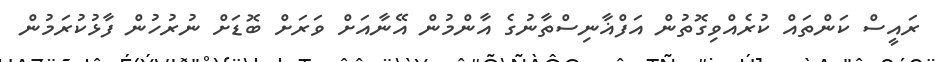
ރައީސް ކަންތައް ކުރެއްވިގޮތުން އަފްޣާނިސްތާނުގެ އާންމުން އޭނާއަށް ވަރަށް ބޮޑަށް ނުރުހުން ފާޅުކުރަމުން